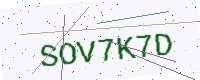
Text: SOV7K7D